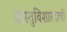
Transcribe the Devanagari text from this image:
वास्तुविशारदाची